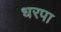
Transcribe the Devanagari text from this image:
धरपा